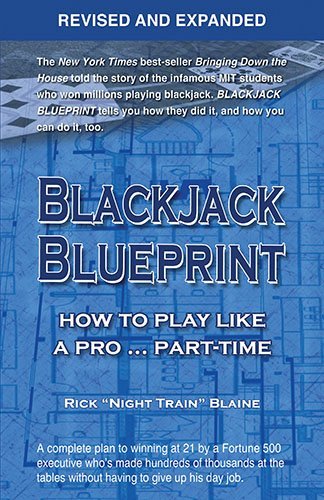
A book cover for By Rick Blaine Blackjack Blueprint, Revised and Expanded: How to Play Like a Pro ... Part-Time (2nd Second Edition) [Paperback]; Humor & Entertainment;